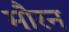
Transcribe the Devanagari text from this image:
मौरन